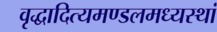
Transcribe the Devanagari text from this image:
वृद्धादित्यमण्डलमध्यस्थां